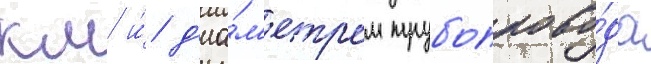
км и́ д'иа́м'етром трубопрово́да